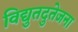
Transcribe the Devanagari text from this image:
विद्युतदुतेजना